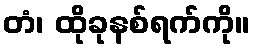
တံ၊ ထိုခုနစ်ရက်ကို။